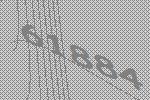
61884